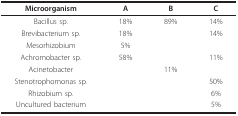
| Microorganism | A | B | C |
 | --- | --- | --- | --- |
 | Bacillus sp. | 18% | 89% | 14% |
 | Brevibacterium sp. | 18% |  | 14% |
 | Mesorhizobium | 5% |  |  |
 | Achromobacter sp. | 58% |  | 11% |
 | Acinetobacter |  | 11% |  |
 | Stenotrophomonas sp. |  |  | 50% |
 | Rhizobium sp. |  |  | 6% |
 | Uncultured bacterium |  |  | 5% |